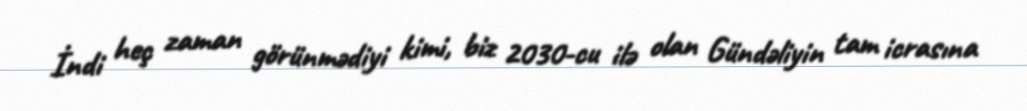
İndi heç zaman görünmədiyi kimi, biz 2030-cu ilə olan Gündəliyin tam icrasına